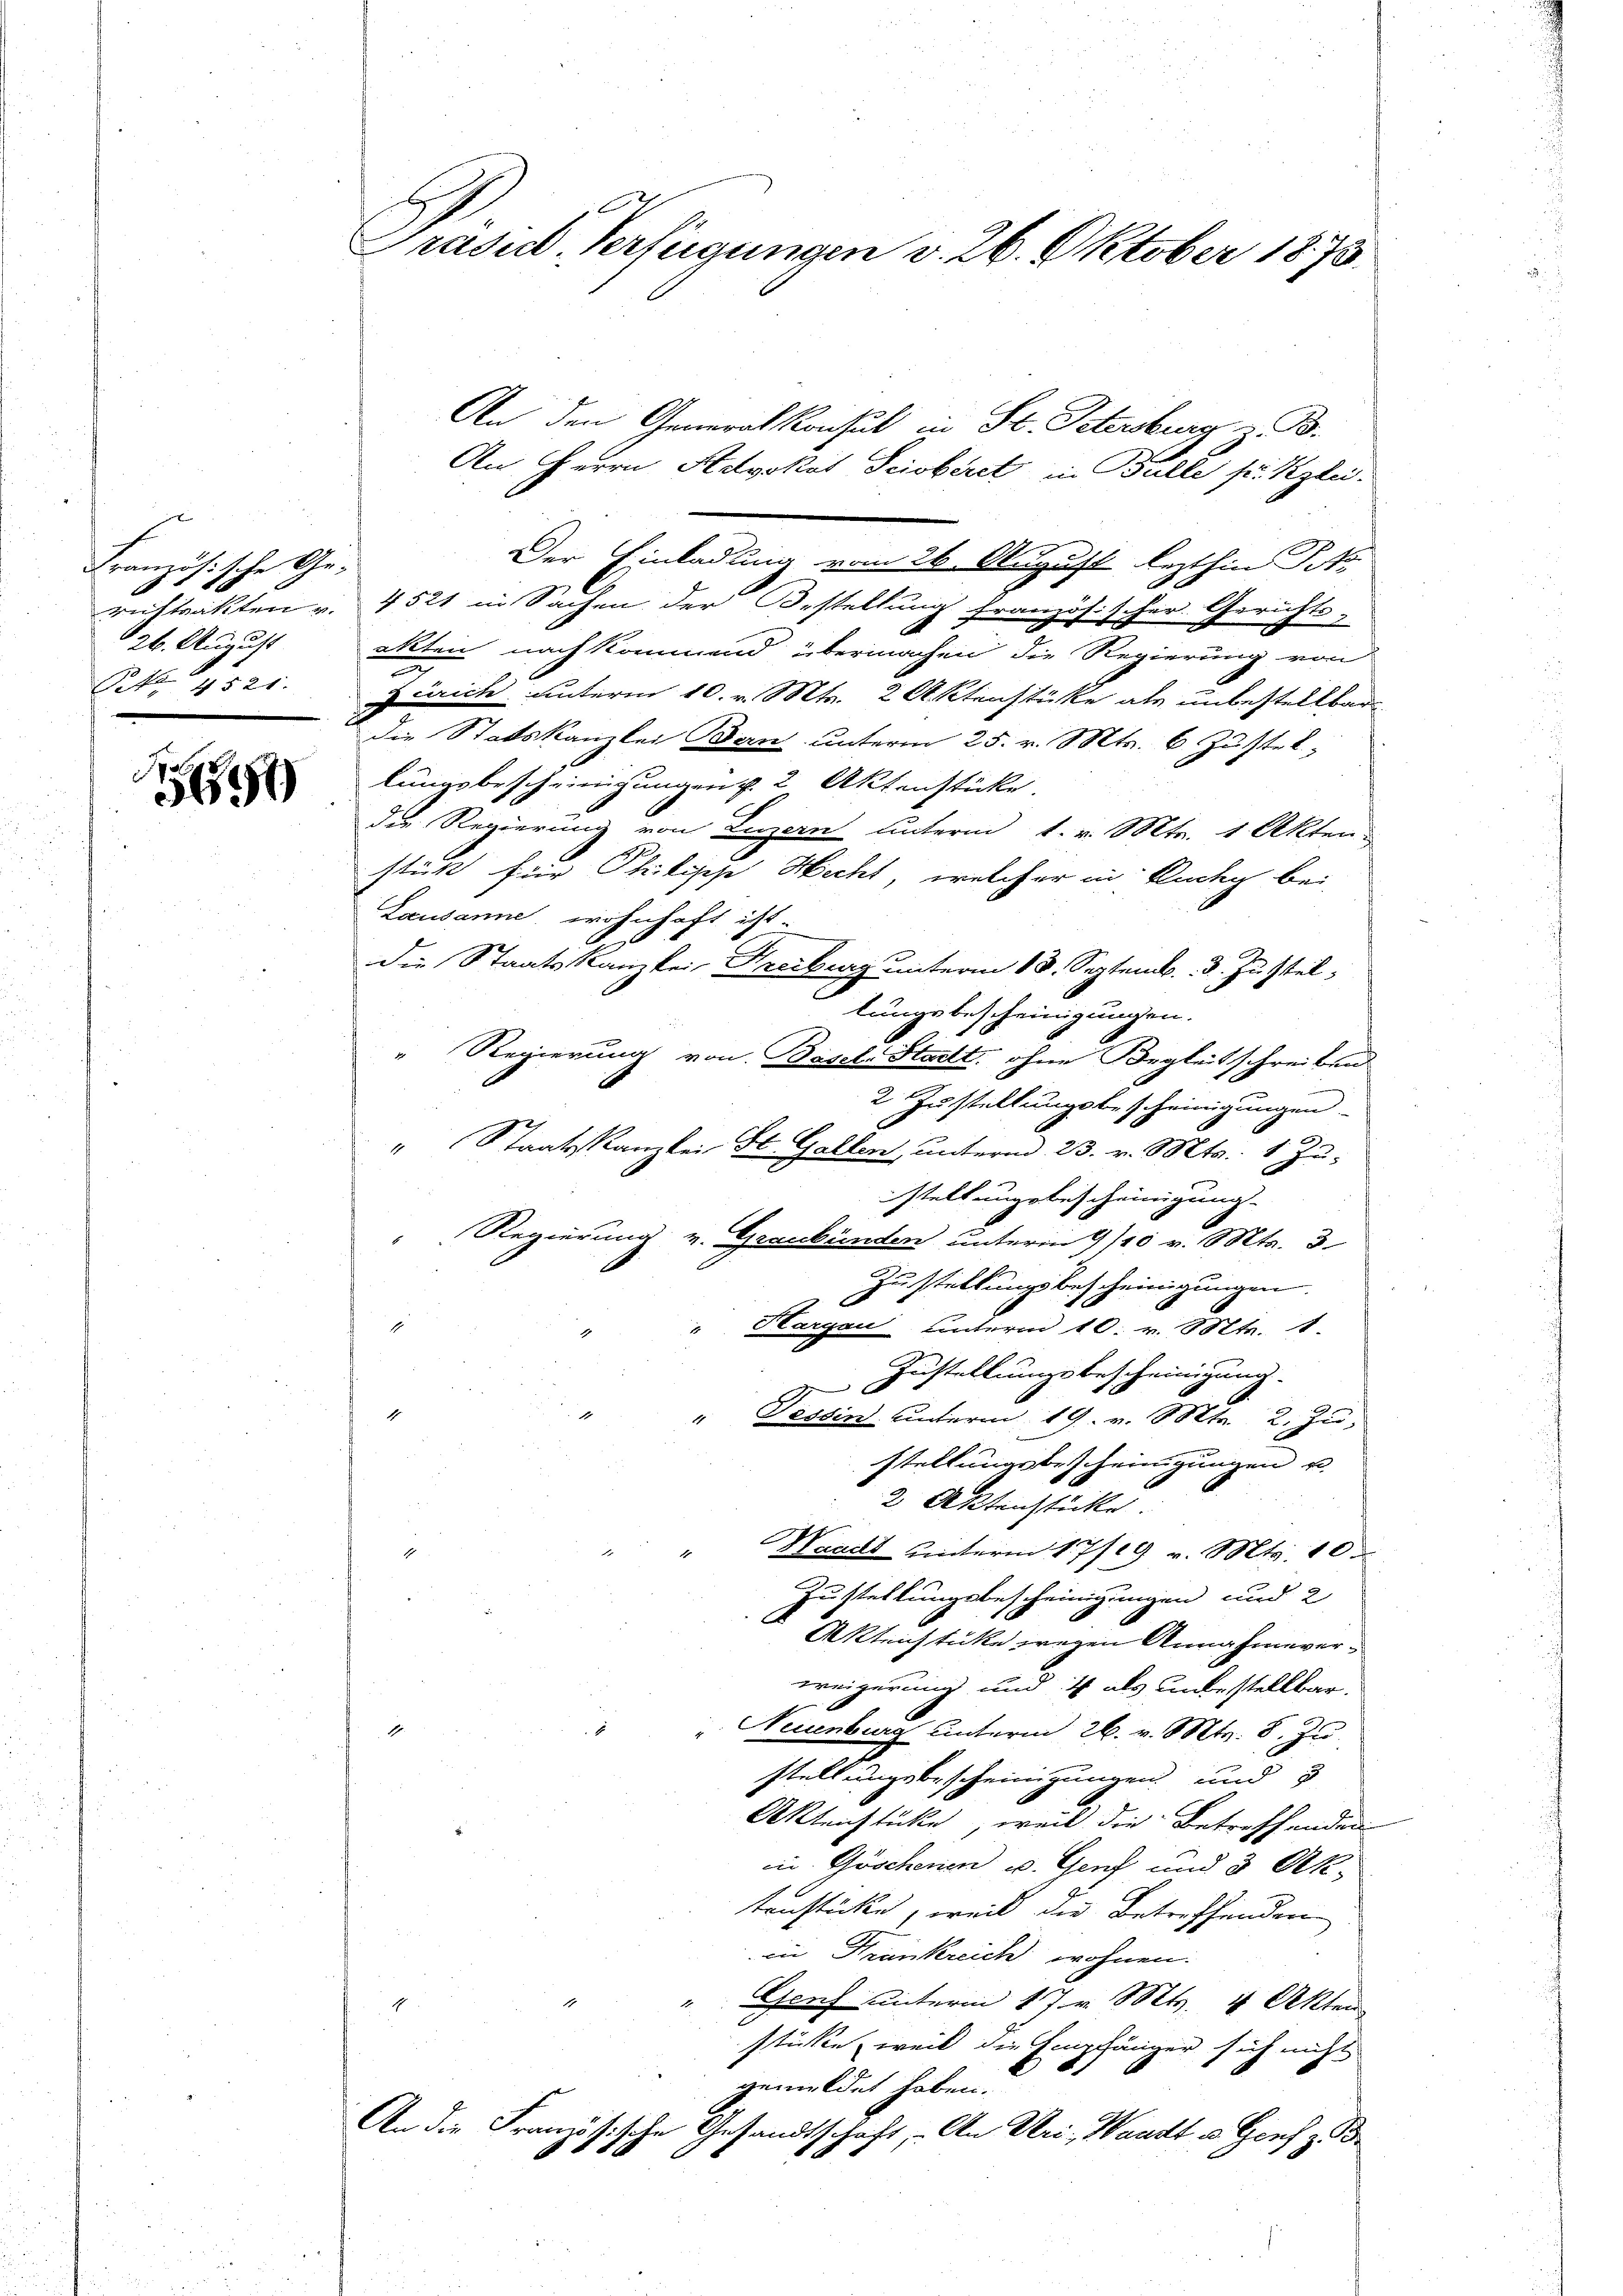
Französische Ge¬
26. August
NNo. 4521.

2
5

An den General Konsul in St. Petersburg B.
An Herrn Advokat Sciobiret in Bulle pr. Kzlei.
Der Einladung vom 26. August lezthin Pet
restrakten u. 4521 in Sachen der Bestellung französischer Gerichts-
akten nach kommend übermachen die Regierung von
Zürich unterm 10. v. Mts. 2 Aktenstücke als unbestellbar
die Statskanzlei Bern unterm 25. v. Mts. 6 Justel
lungsbescheinigungen d. 2 Aktenstücke.
die Regierung von Luzern unterm 1. v. Mts. 1 Akten.
stück für Philipp Hecht, welcher in Rucks bei
Lausanne, wohnhaft ist.
die Staatskanzlei Freiburg unterm 18. Septemb. 3. zustellungsbescheinigungen.
" Regierung von Basel Statt. ohne Begleitschreiben
2 Zustellungsbescheinigungen.
" Staatskanzlei St. Gallen, unterm 23. v. Mts. 1 Zu-
stellungsbescheinigung.
" Regierung v. Graubünden unterm 9/10 v. Mts. 3
Zustellungsbescheinigungen.
1
"Hargau unterm 10. v. Mts. 1.
Zustellungsbescheinigung.
" Tessin unterm 19. v. Mts. 2. Zu
stellungsbescheinigungen u.
2 Aktenstücke.
Waadt unterm 17/19. v. Mts. 10.
x
Zustellungsbescheinigungen und 2
Akleichstücke wegen Annahmever-
wenigerung und 4 als unbestellbar.
Neuenburg unterm 26. v. Mts. 8. Zu
stellungsbescheinigungen und
Akleichtücke, weil die Betreffenden
in Göschenen u. Genf und 3 Ok-
tenstücke, weil die Betreffenden
in Frankreich wohnen.
" Genf unterm 17. v. Mts. 4 Akten
stickte, weil die Empfänger sich nicht
.
gemeldet haben.
An die Französische Gesandtschaft, - An Uri, Waadt u. Genf z. B.

Prasut. Verfügungen v. 26. Oktober 1873.